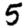
Digit: 5